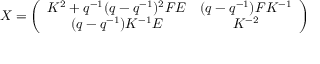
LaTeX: X = \left( \begin{array} { c c } { { K ^ { 2 } + q ^ { - 1 } ( q - q ^ { - 1 } ) ^ { 2 } F E } } & { { ( q - q ^ { - 1 } ) F K ^ { - 1 } } } \\ { { ( q - q ^ { - 1 } ) K ^ { - 1 } E } } & { { K ^ { - 2 } } } \end{array} \right)